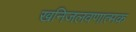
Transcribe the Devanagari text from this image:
खनिजलवणात्मक